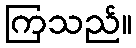
ကြသည်။